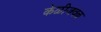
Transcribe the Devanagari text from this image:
केळीजवळ